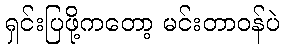
ရှင်းပြဖို့ကတော့ မင်းတာဝန်ပဲ